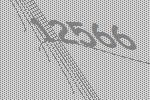
12566